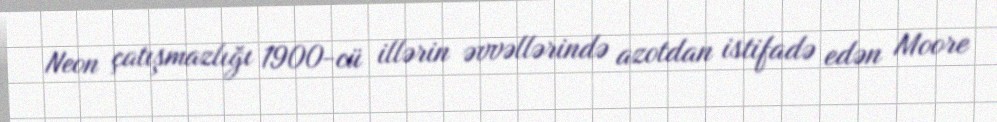
Neon çatışmazlığı 1900-cü illərin əvvəllərində azotdan istifadə edən Moore